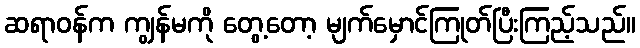
ဆရာဝန်က ကျွန်မကို တွေ့တော့ မျက်မှောင်ကြုတ်ပြီးကြည့်သည်။